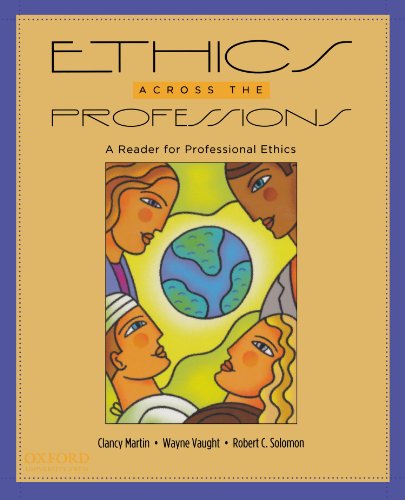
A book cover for Ethics Across the Professions: A Reader for Professional Ethics; Clancy Martin; Business & Money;